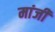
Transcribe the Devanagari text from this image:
मांजी